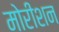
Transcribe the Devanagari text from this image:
मोरीशन